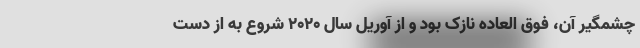
چشمگیر آن، فوق العاده نازک بود و از آوریل سال ۲۰۲۰ شروع به از دست